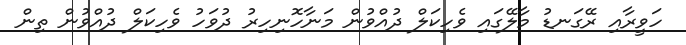
ހަވީރާއި ރޭގަނޑު މާލޭގައި ވެހިކަލް ދުއްވުން މަނާހޮނިހިރު ދުވަހު ވެހިކަލް ދުއްވުން ތިން